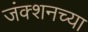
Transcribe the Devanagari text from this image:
जंक्शनच्या